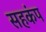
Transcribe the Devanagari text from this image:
सहकंप